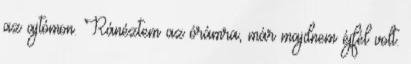
az ajtómon. Ránéztem az órámra, már majdnem éjfél volt.